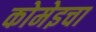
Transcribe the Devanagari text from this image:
कोमेइचा